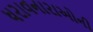
ધરાવનારાઓની